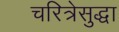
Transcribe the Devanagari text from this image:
चरित्रेसुद्धा